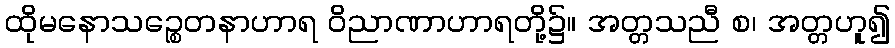
ထိုမနောသဉ္စေတနာဟာရ ဝိညာဏာဟာရတို့၌။ အတ္တသညီ စ၊ အတ္တဟူ၍